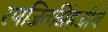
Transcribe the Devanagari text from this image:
रणजितसिंहजींचे